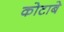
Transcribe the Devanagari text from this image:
कोटाबे